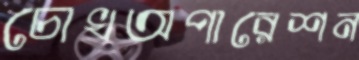
চোখঅপারেশন